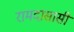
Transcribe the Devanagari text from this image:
रामदासासी